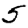
Digit: 5